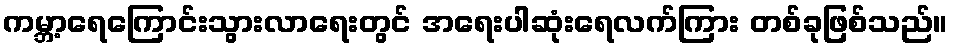
ကမ္ဘာ့ရေကြောင်းသွားလာရေးတွင် အရေးပါဆုံးရေလက်ကြား တစ်ခုဖြစ်သည်။